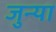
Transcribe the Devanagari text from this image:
जुन्‍या